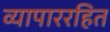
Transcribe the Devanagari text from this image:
व्यापाररहित